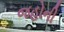
જહોની